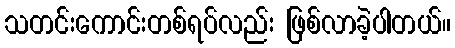
သတင်းကောင်းတစ်ရပ်လည်း ဖြစ်လာခဲ့ပါတယ်။